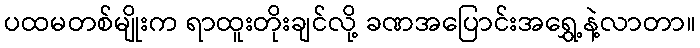
ပထမတစ်မျိုးက ရာထူးတိုးချင်လို့ ခဏအပြောင်းအရွှေ့နဲ့လာတာ။